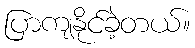
ပြာကျနိုင်ခဲ့တယ်။